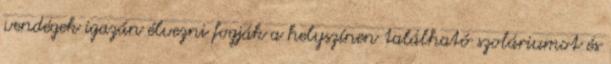
vendégek igazán élvezni fogják a helyszínen található szoláriumot és